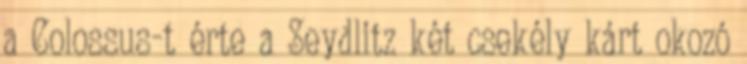
a Colossus-t érte a Seydlitz két csekély kárt okozó